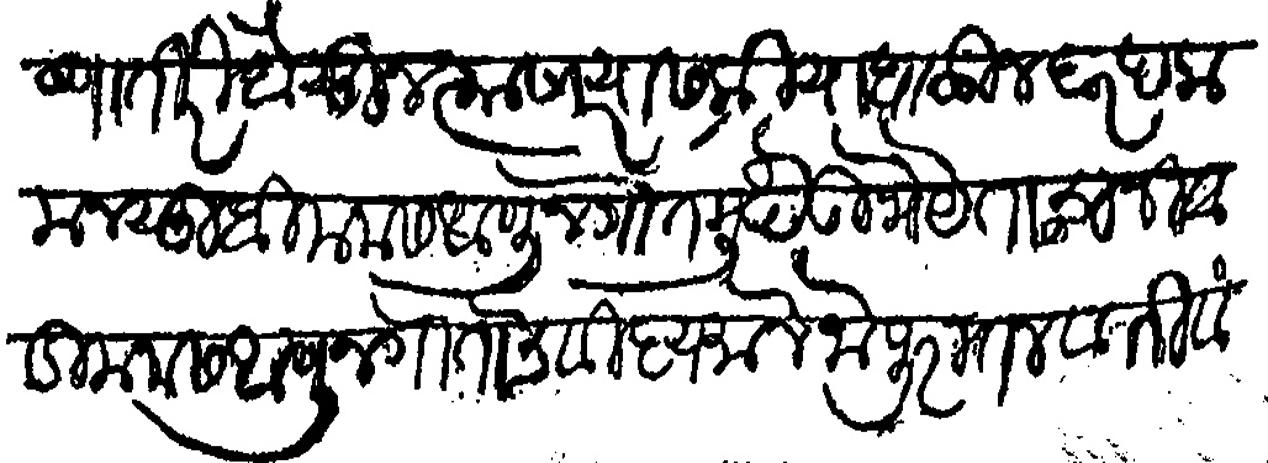
Transliteration (Devanagari): कृष्णा तीरी बैसून त्या साऱ्यास क्रिया घाळीन बर हक मनसुबी मनास आणून गोत मुखे उभेयेताचा निवाडा मनास आणून गोताचे विद्यमाने जो पुरातन वृतीवत